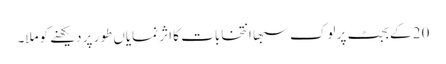
20 کے بجٹ پر لوک سبھا انتخابات کا اثر نمایاں طور پر دیکھنے کوملا۔